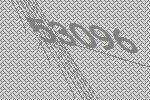
53096